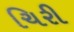
ચિરી